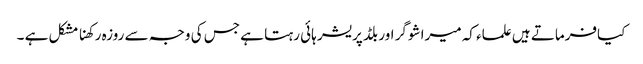
کیافرماتے ہیں علماء کہ میرا شوگر اور بلڈ پریشر ہائی رہتا ہے جس کی وجہ سے روزہ رکھنا مشکل ہے ۔